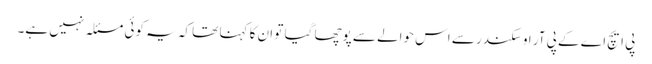
پی ایچ اے کے پی آر او سکندر سے اس حوالے سے پوچھا گیا تو ان کا کہنا تھا کہ یہ کوئی مسئلہ نہیں ہے۔